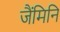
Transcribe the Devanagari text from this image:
जैंमिनि